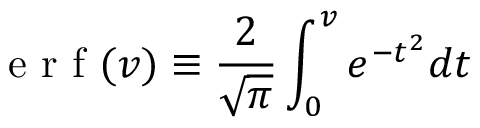
\textrm { e r f } ( v ) \equiv \frac { 2 } { \sqrt { \pi } } \int _ { 0 } ^ { v } e ^ { - t ^ { 2 } } d t